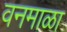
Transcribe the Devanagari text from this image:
वनमाळा